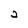
Character: 2